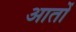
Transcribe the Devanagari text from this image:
आतों